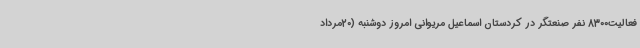
فعالیت8300 نفر صنعتگر در کردستان اسماعیل مریوانی امروز دوشنبه (20مرداد